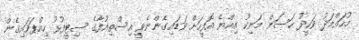
މުހައްމަދު ވަހީދު ހަސަން މަނިކު އިއްޔެ އޮފީހަށް ވަޑައިގެންނެވީ އިސްތިއުފާގެ ސިޓީފުޅު ހިއްޕަވައިގެން